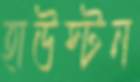
হাউস্টন